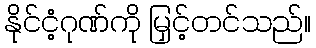
နိုင်ငံ့ဂုဏ်ကို မြှင့်တင်သည်။